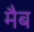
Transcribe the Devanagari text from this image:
मैब